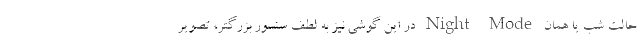
حالت شب یا همان Night Mode در این گوشی نیز به لطف سنسور بزرگتر، تصویر